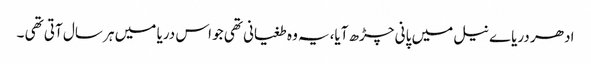
ادھر دریاے نیل میں پانی چڑھ آیا،یہ وہ طغیانی تھی جو اس دریا میں ہر سال آتی تھی ۔